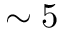
\sim 5